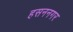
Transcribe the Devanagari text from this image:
हसननगर